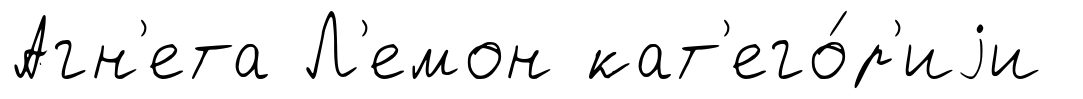
Агн'ета Л'емон кат'его́р'иjи